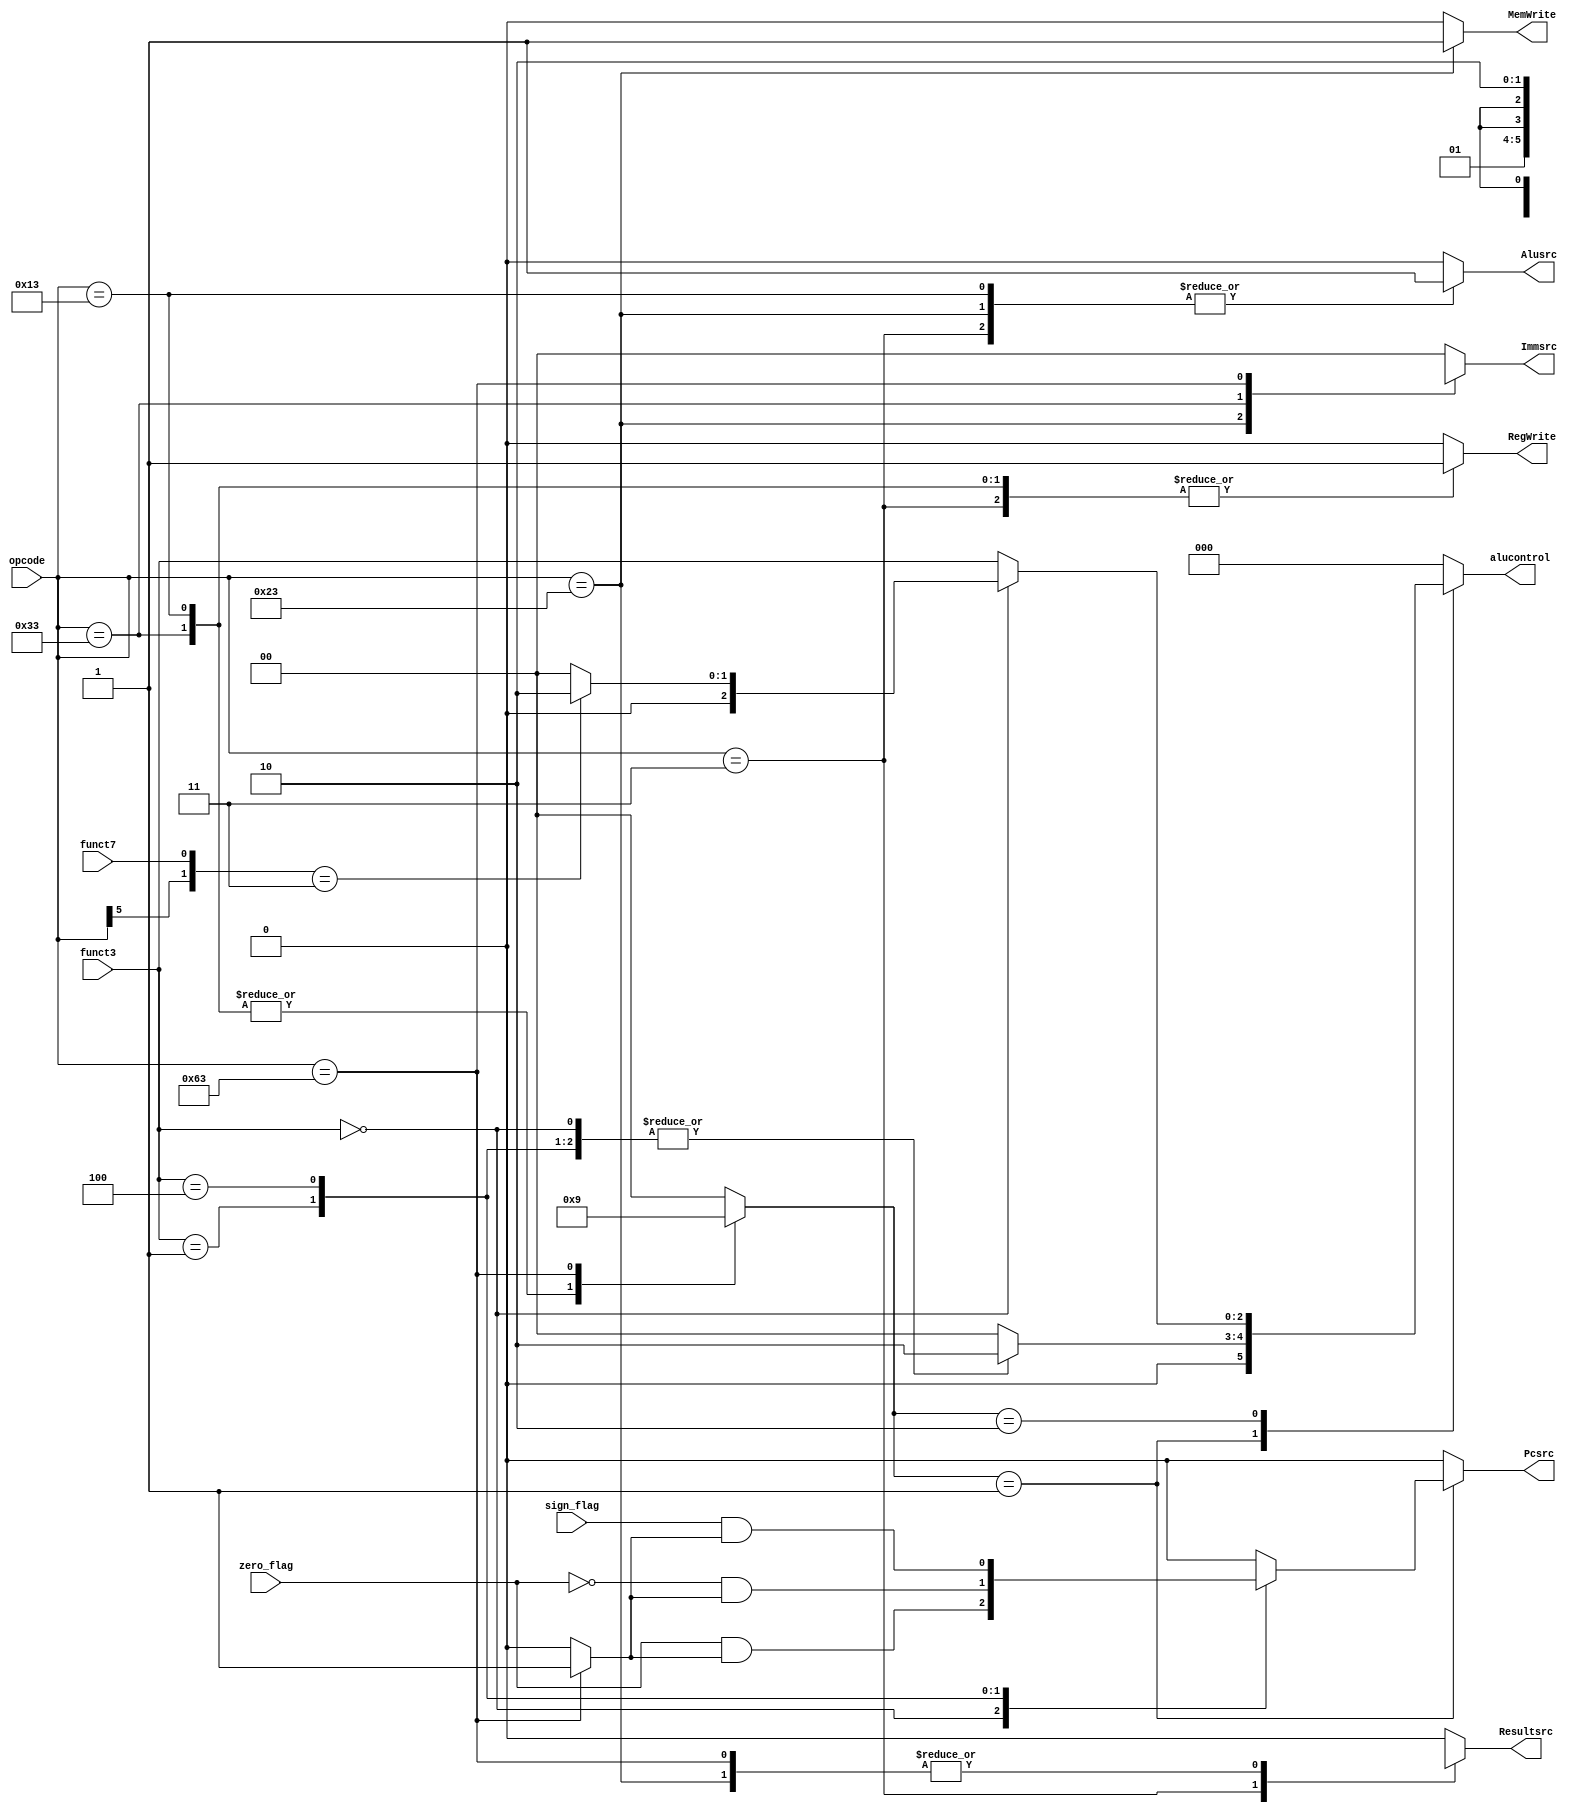
module aludec (
    input [2:0] funct3,
    input funct7,
    input [6:0] opcode,
    input zero_flag,
    input sign_flag,
    output [2:0] alucontrol,
    output reg Pcsrc,
    output reg RegWrite,
    output reg [1:0] Immsrc,
    output reg Alusrc,
    output reg MemWrite,
    output reg Resultsrc
);
reg [2:0] temp;
reg [1:0] fop75;
reg Branch;
reg [1:0] aluop;
always@(*)
begin
 fop75={{opcode[5]},{funct7}};
   case(aluop) 
        2'b00:begin temp=3'b000;Pcsrc=0; end
        2'b01:begin
           case (funct3)
            3'b000:begin
                temp=3'b010;
                Pcsrc=(zero_flag & Branch);
            end 
            3'b001:begin
                temp=3'b010;
                Pcsrc=(!zero_flag & Branch);
            end 
            3'b100:begin
                temp=3'b010;
                Pcsrc=(sign_flag & Branch);
            end 
            default:begin temp=0;Pcsrc=0;end 
           endcase
        end
        2'b10:begin
           case(funct3)
           3'b000:begin
            if(fop75==2'b11)
            begin
                temp=3'b010;Pcsrc=0;
            end
            else begin
                temp=3'b000;Pcsrc=0;
            end
           end
           default:begin temp=funct3;Pcsrc=0;end
           endcase
        end
        default:begin temp=0;Pcsrc=0; end
    endcase
end
assign alucontrol=temp;
always@(*)begin
case (opcode)
    7'b0000011:begin
        RegWrite=1'b1;
        Immsrc=0;
       
        Alusrc=1'b1;
        MemWrite=0;
        Resultsrc=1'b1;
        Branch=0;
        aluop=0;
    end 
    7'b0100011:begin
        RegWrite=0;
        Immsrc=2'b01;
       
        Alusrc=1'b1;
        MemWrite=1'b1;
        Branch=0;
        aluop=0;
        Resultsrc=1'bx;
    end
    7'b0110011:begin
        RegWrite=1'b1;
        Immsrc=2'bxx;
        Alusrc=0;
        MemWrite=0;
        Resultsrc=0;
        
        Branch=0;
        aluop=2'b10;
    end
    7'b0010011:begin
        RegWrite=1'b1;
        Immsrc=0;
        Alusrc=1'b1;
        MemWrite=0;
        Resultsrc=0;
        Branch=0;
        
        aluop=2'b10;
    end
    7'b1100011:begin
        RegWrite=0;
        Immsrc=2'b10;
        Alusrc=0;
        MemWrite=0;
        Branch=1'b1;
        aluop=2'b01;
        
        Resultsrc=1'bx;
    end
    default: begin
        begin
        RegWrite=0;
        Immsrc=0;
        Alusrc=0;
        MemWrite=0;
        Resultsrc=0;
        Branch=0;
        aluop=0;
        
    end
    end
endcase end
endmodule